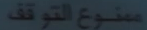
متنووع القوّة ف